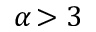
\alpha \! > 3